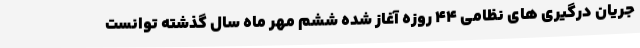
جریان درگیری های نظامی ۴۴ روزه آغاز شده ششم مهر ماه سال گذشته توانست